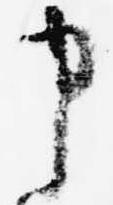
申